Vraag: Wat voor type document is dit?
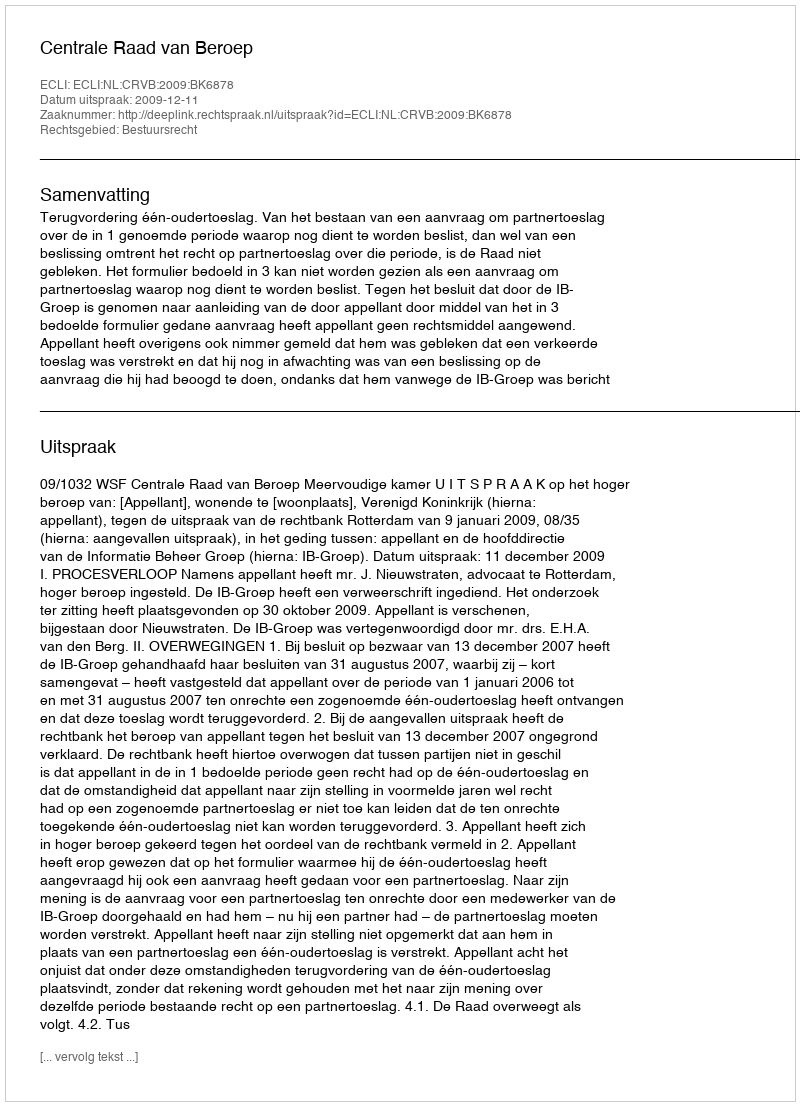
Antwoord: Uitspraak